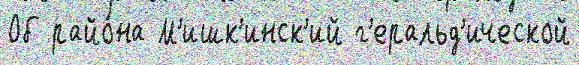
Об райо́на М'ишк'инск'ий г'еральд'ической